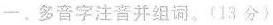
一、多音字注音并组词。(13分)